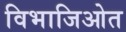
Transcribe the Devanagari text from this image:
विभाजिओत